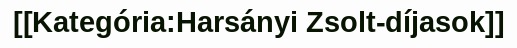
[[Kategória:Harsányi Zsolt-díjasok]]